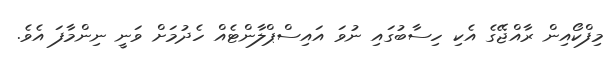
މިފްކޯއިން ރާއްޖޭގެ އެކި ހިސާބުގައި ނުވަ އައިސްޕްލާންޓެއް ހެދުމަށް ވަނީ ނިންމާފަ އެވެ.